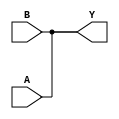
`define MAX(a, b) (a > b ? a : b)

(* techmap_celltype = "$add" *)
module _80_add(A, B, Y);
	parameter A_SIGNED = 0;
	parameter B_SIGNED = 0;
	parameter A_WIDTH = 0;
	parameter B_WIDTH = 0;
	parameter Y_WIDTH = 0;

	(* force_downto *)
	input [A_WIDTH-1:0] A;
	(* force_downto *)
	input [B_WIDTH-1:0] B;
	(* force_downto *)
	output [Y_WIDTH-1:0] Y;

	parameter [A_WIDTH-1:0] _TECHMAP_CONSTMSK_A_ = 0;
	parameter [B_WIDTH-1:0] _TECHMAP_CONSTMSK_B_ = 0;
	localparam [A_WIDTH-1:0] A_ALLONE = ~0;
	localparam [B_WIDTH-1:0] B_ALLONE = ~0;

	genvar i;
	generate
		if (_TECHMAP_CONSTMSK_A_ == A_ALLONE || _TECHMAP_CONSTMSK_B_ == B_ALLONE)
			\$__soft_add #(
				.A_SIGNED(A_SIGNED),
				.B_SIGNED(B_SIGNED),
				.A_WIDTH(A_WIDTH),
				.B_WIDTH(B_WIDTH),
				.Y_WIDTH(Y_WIDTH)
			) _TECHMAP_REPLACE_ (
				.A(A),
				.B(B),
				.Y(Y)
			);
		else begin
			localparam AB_MAX = `MAX(A_WIDTH, B_WIDTH);
			wire [AB_MAX-1:0] Aext, Bext, C;

			assign Aext = A_SIGNED && B_SIGNED ? $signed(A) : $unsigned(A);
			assign Bext = A_SIGNED && B_SIGNED ? $signed(B) : $unsigned(B);

			for (i = 0; i < Y_WIDTH; i = i + 1)
				if (i == 0)
					FA add (.A(Aext[i]), .B(Bext[i]), .CI(0), .S(Y[i]), .CO(C[i]));
				else if (i < AB_MAX)
					FA add (.A(Aext[i]), .B(Bext[i]), .CI(C[i-1]), .S(Y[i]), .CO(C[i]));
				else if (i == AB_MAX)
					assign Y[i] = C[i-1];
				else
					assign Y[i] = 0;
		end
	endgenerate
endmodule

(* techmap_celltype = "$sub" *)
module _80_sub(A, B, Y);
	parameter A_SIGNED = 0;
	parameter B_SIGNED = 0;
	parameter A_WIDTH = 0;
	parameter B_WIDTH = 0;
	parameter Y_WIDTH = 0;

	(* force_downto *)
	input [A_WIDTH-1:0] A;
	(* force_downto *)
	input [B_WIDTH-1:0] B;
	(* force_downto *)
	output [Y_WIDTH-1:0] Y;

	parameter [A_WIDTH-1:0] _TECHMAP_CONSTMSK_A_ = 0;
	parameter [B_WIDTH-1:0] _TECHMAP_CONSTMSK_B_ = 0;
	localparam [A_WIDTH-1:0] A_ALLONE = ~0;
	localparam [B_WIDTH-1:0] B_ALLONE = ~0;

	genvar i;
	generate
		if (_TECHMAP_CONSTMSK_A_ == A_ALLONE || _TECHMAP_CONSTMSK_B_ == B_ALLONE)
			\$__soft_sub #(
				.A_SIGNED(A_SIGNED),
				.B_SIGNED(B_SIGNED),
				.A_WIDTH(A_WIDTH),
				.B_WIDTH(B_WIDTH),
				.Y_WIDTH(Y_WIDTH)
			) _TECHMAP_REPLACE_ (
				.A(A),
				.B(B),
				.Y(Y)
			);
		else begin
			localparam AB_MAX = `MAX(A_WIDTH, B_WIDTH);
			wire [AB_MAX-1:0] Aext, Bext, Binv, C;

			assign Aext = A_SIGNED && B_SIGNED ? $signed(A) : $unsigned(A);
			assign Bext = A_SIGNED && B_SIGNED ? $signed(B) : $unsigned(B);

			for (i = 0; i < Y_WIDTH; i = i + 1) begin
				if (i == 0) begin
					INV inv (.I(Bext[i]), .O(Binv[i]));
					FA sub (.A(Aext[i]), .B(Binv[i]), .CI(1), .S(Y[i]), .CO(C[i]));
				end else if (i < AB_MAX) begin
					INV inv (.I(Bext[i]), .O(Binv[i]));
					FA sub (.A(Aext[i]), .B(Binv[i]), .CI(C[i-1]), .S(Y[i]), .CO(C[i]));
				end else if (i == AB_MAX)
					assign Y[i] = C[i-1];
				else
					assign Y[i] = 0;
			end
		end
	endgenerate
endmodule